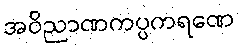
အဝိညာဏကပ္ပကရဏေ